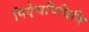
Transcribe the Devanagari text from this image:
पिऐचपिबिबि